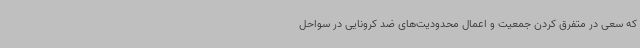
که سعی در متفرق کردن جمعیت و اعمال محدودیت‌های ضد کرونایی در سواحل